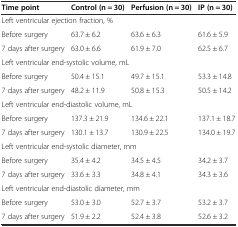
| Time point | Control (n = 30) | Perfusion (n = 30) | IP (n = 30) |
 | --- | --- | --- | --- |
 | <COLSPAN=4> Left ventricular ejection fraction, % |
 | Before surgery | 63.7 ± 6.2 | 63.6 ± 6.3 | 61.6 ± 5.9 |
 | 7 days after surgery | 63.0 ± 6.6 | 61.9 ± 7.0 | 62.5 ± 6.7 |
 | <COLSPAN=4> Left ventricular end-systolic volume, mL |
 | Before surgery | 50.4 ± 15.1 | 49.7 ± 15.1 | 53.3 ± 14.8 |
 | 7 days after surgery | 48.2 ± 11.9 | 50.8 ± 15.3 | 50.5 ± 14.2 |
 | <COLSPAN=4> Left ventricular end-diastolic volume, mL |
 | Before surgery | 137.3 ± 21.9 | 134.6 ± 22.1 | 137.1 ± 18.7 |
 | 7 days after surgery | 130.1 ± 13.7 | 130.9 ± 22.5 | 134.0 ± 19.7 |
 | <COLSPAN=4> Left ventricular end-systolic diameter, mm |
 | Before surgery | 35.4 ± 4.2 | 34.5 ± 4.5 | 34.2 ± 3.7 |
 | 7 days after surgery | 33.6 ± 3.3 | 34.8 ± 4.1 | 34.3 ± 3.6 |
 | <COLSPAN=4> Left ventricular end-diastolic diameter, mm |
 | Before surgery | 53.0 ± 3.0 | 52.7 ± 3.7 | 53.2 ± 3.7 |
 | 7 days after surgery | 51.9 ± 2.2 | 52.4 ± 3.8 | 52.6 ± 3.2 |